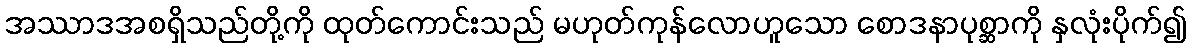
အဿာဒအစရှိသည်တို့ကို ထုတ်ကောင်းသည် မဟုတ်ကုန်လောဟူသော စောဒနာပုစ္ဆာကို နှလုံးပိုက်၍